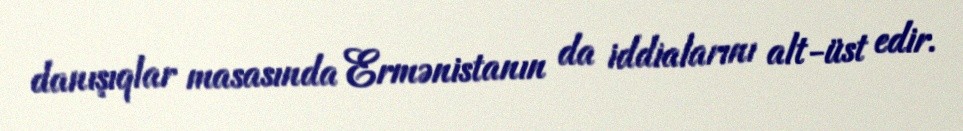
danışıqlar masasında Ermənistanın da iddialarını alt-üst edir.